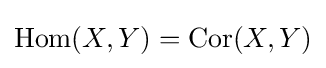
\operatorname {Hom} (X,Y)=\operatorname {Cor} (X,Y)